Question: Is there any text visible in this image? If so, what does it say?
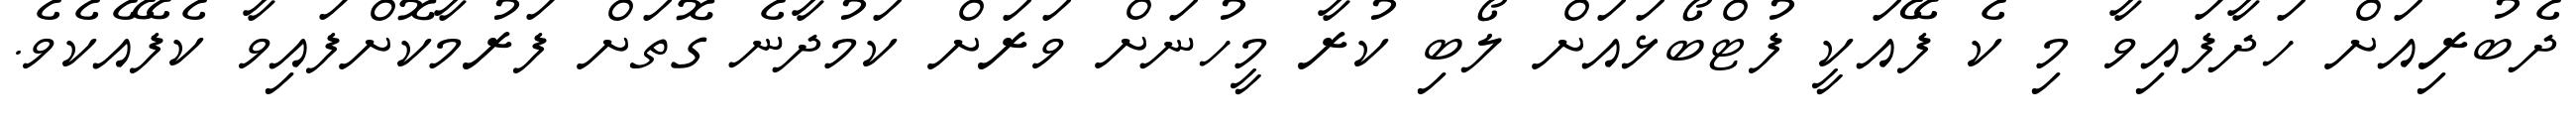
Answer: ދެބުރިއަށް ހަދާފައިވާ މި ކެ ފޭއަކީ ފުޓްބޯޅައަށް ލޯބި ކުރާ މީހުނަށް ވަރަށް ކަމުދާނެ ގޮތަށް ފަރުމާކޮށްފައިވާ ކެފޭއެކެވެ.